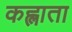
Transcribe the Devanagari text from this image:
कह्लाता